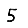
Digit: 5